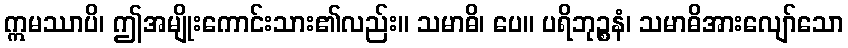
ဣမဿာပိ၊ ဤအမျိုးကောင်းသား၏လည်း။ သမာဓိ၊ ပေ။ ပရိဘုဉ္စနံ၊ သမာဓိအားလျော်သော